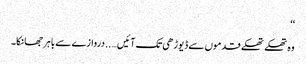
‘‘
وہ تھکے تھکے قدموں سے ڈیوڑھی تک آئیں…..دروازے سے باہر جھانکا۔